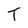
Character: T